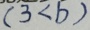
( 3 < b )